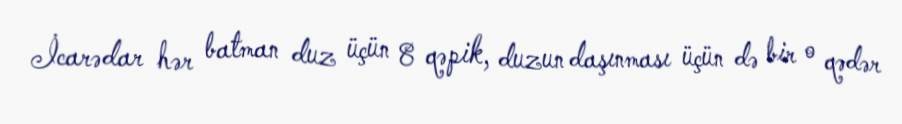
İcarədar hər batman duz üçün 8 qəpik, duzun daşınması üçün də bir o qədər